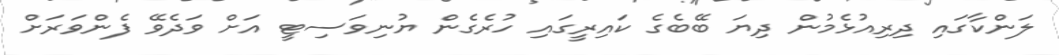
ލަންކާގައި ދިރިއުޅެމުން ދިޔަ ބޭބެގެ ކައިރީގައި ހުރެގެން ޔުނިވަސިޓީ އަށް ވަދެވޭ ފެންވަރަށް